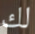
لك